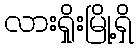
လားရှိုးမြို့ရှိ